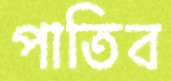
পাতিব